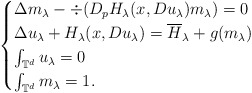
\begin{align*}\begin{cases}\Delta m_{\lambda}-\div(D_pH_{\lambda}(x,Du_{\lambda})m_{\lambda})=0\\\Delta u_{\lambda}+H_{\lambda}(x,Du_{\lambda})=\overline{H}_{\lambda}+g(m_{\lambda})\\\int_{\mathbb{T}^d}u_{\lambda}=0\\\int_{\mathbb{T}^d}m_{\lambda}=1.\end{cases}\end{align*}